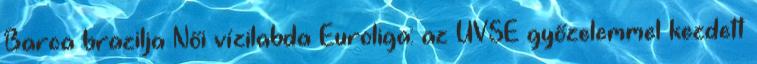
Barca brazilja Női vízilabda Euroliga: az UVSE győzelemmel kezdett